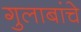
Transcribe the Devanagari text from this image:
गुलाबांचे